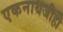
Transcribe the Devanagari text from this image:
एकनाथजीही